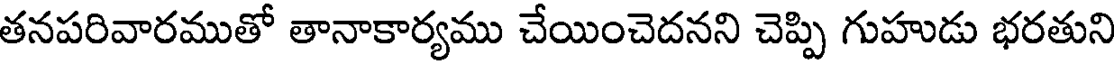
తనపరివారముతో తానాకార్యము చేయించెదనని చెప్పి గుహుడు భరతుని